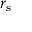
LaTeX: r _ { \mathrm { s } }